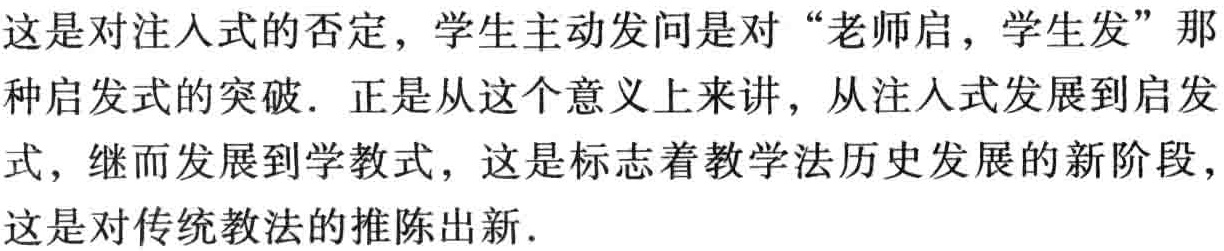
这是对注入式的否定，学生主动发问是对“老师启，学生发”那种启发式的突破. 正是从这个意义上来讲，从注入式发展到启发式，继而发展到学教式，这是标志着教学法历史发展的新阶段，这是对传统教法的推陈出新.